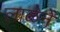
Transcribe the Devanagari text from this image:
लाळेने